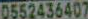
0552436407